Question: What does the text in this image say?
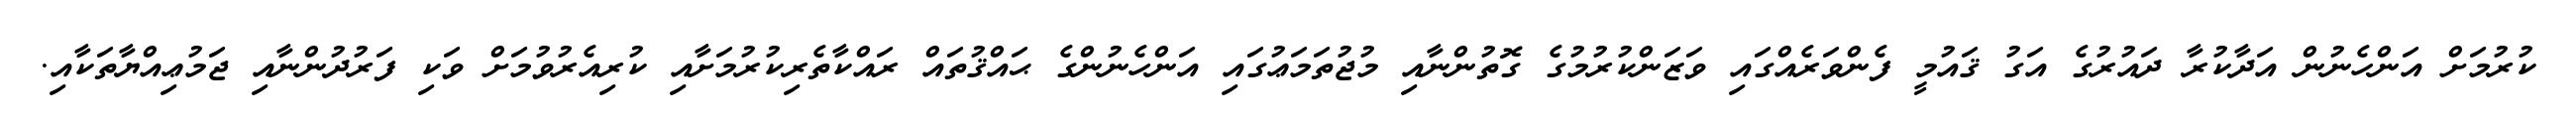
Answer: ކުރުމަށް އަންހެނުން އަދާކުރާ ދައުރުގެ އަގު ޤައުމީ ފެންވަރެއްގައި ވަޒަންކުރުމުގެ ގޮތުންނާއި މުޖުތަމަޢުގައި އަންހެނުންގެ ޙައްޤުތައް ރައްކާތެރިކުރުމަށާއި ކުރިއެރުވުމަށް ވަކި ފަރުދުންނާއި ޖަމުޢިއްޔާތަކާއި.